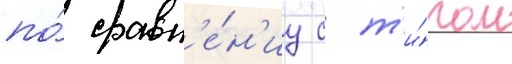
по́ сравн'е́н'иу с т'и́пом